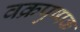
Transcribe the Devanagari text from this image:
वक्रपुष्पक